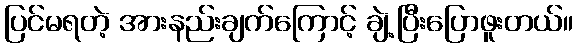
ပြင်မရတဲ့ အားနည်းချက်ကြောင့် ချဲ့ပြီးပြောဖူးတယ်။